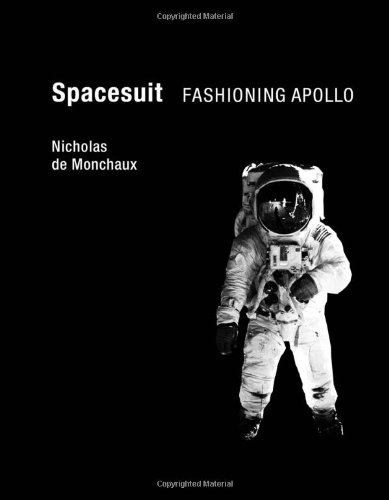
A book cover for Spacesuit: Fashioning Apollo; Nicholas de de Monchaux; Arts & Photography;